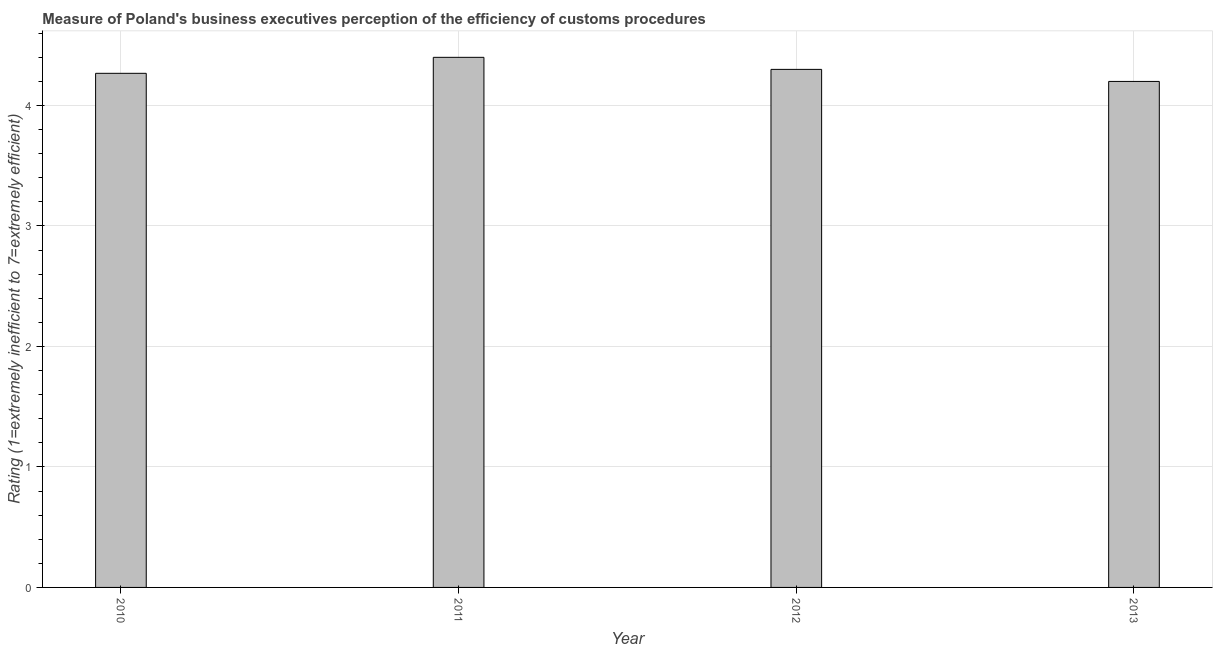
| Year | Burden of customs procedure |
 | --- | --- |
 | 2010 | 4.27 |
 | 2011 | 4.4 |
 | 2012 | 4.3 |
 | 2013 | 4.2 |